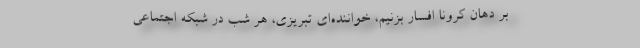
بر دهان کرونا افسار بزنیم، خواننده‌ای تبریزی، هر شب در شبکه اجتماعی